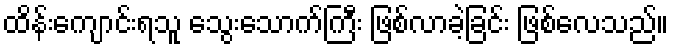
ထိန်းကျောင်းရသူ သွေးသောက်ကြီး ဖြစ်လာခဲ့ခြင်း ဖြစ်လေသည်။